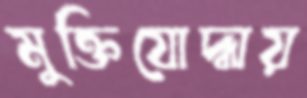
মুক্তিযোদ্ধায়